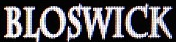
BLOSWICK